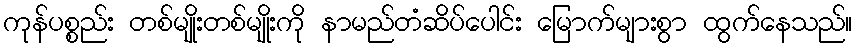
ကုန်ပစ္စည်း တစ်မျိုးတစ်မျိုးကို နာမည်တံဆိပ်ပေါင်း မြောက်များစွာ ထွက်နေသည်။